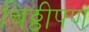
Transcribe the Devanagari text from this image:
चिठ्ठीपण